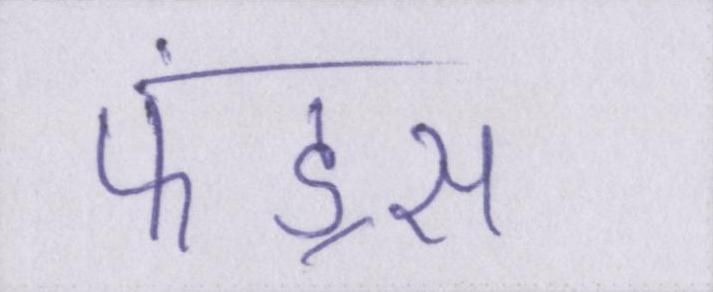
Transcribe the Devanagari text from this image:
फंड्स